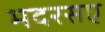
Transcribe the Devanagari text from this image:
मदरसए